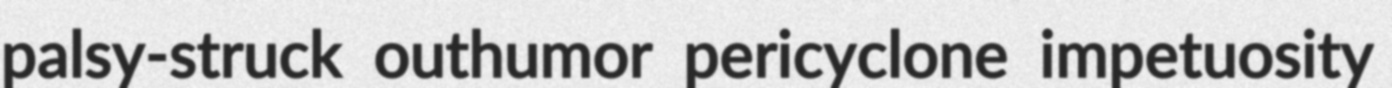
palsy-struck outhumor pericyclone impetuosity